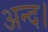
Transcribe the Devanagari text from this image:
अन्द।